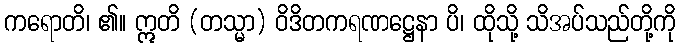
ကရောတိ၊ ၏။ ဣတိ (တသ္မာ) ဝိဒိတကရဏဋ္ဌေနာ ပိ၊ ထိုသို့ သိအပ်သည်တို့ကို